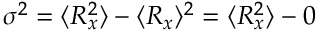
\sigma ^ { 2 } = \langle R _ { x } ^ { 2 } \rangle - \langle R _ { x } \rangle ^ { 2 } = \langle R _ { x } ^ { 2 } \rangle - 0